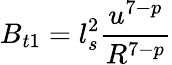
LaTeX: B_{t1}=l_{s}^{2}\frac{u^{7-p}}{R^{7-p}}